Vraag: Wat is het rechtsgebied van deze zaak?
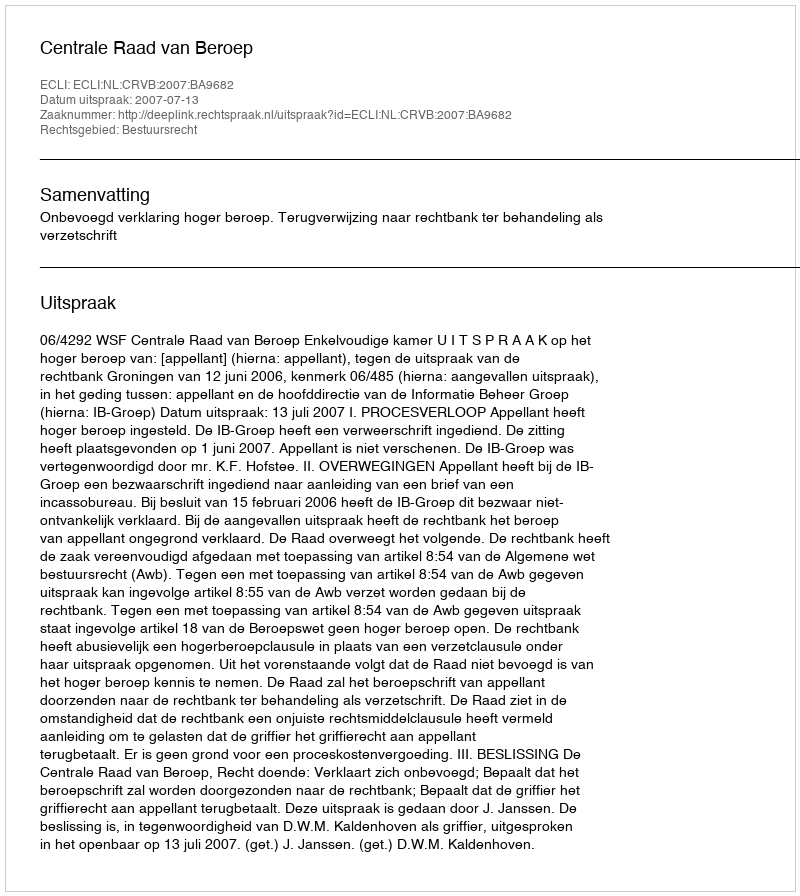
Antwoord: Bestuursrecht